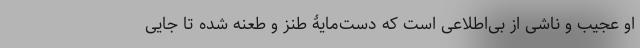
او عجیب و ناشی از بی‌اطلاعی است که دست‌مایۀ طنز و طعنه شده تا جایی